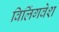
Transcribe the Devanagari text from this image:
विलिंगवेश